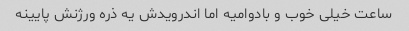
ساعت خیلی خوب و بادوامیه اما اندرویدش یه ذره ورژنش پایینه